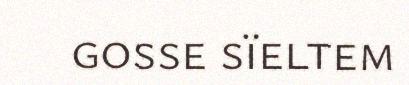
gosse sïeltem